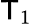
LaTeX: \mathsf{T}_{1}